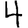
Digit: 4